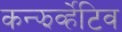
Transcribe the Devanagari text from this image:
कन्झर्व्हेटिव